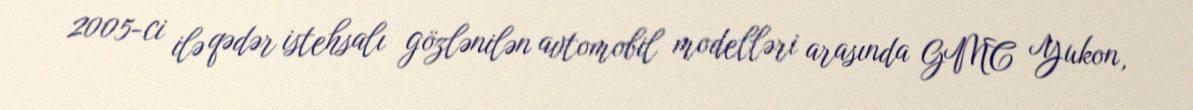
2005-ci ilə qədər istehsalı gözlənilən avtomobil modelləri arasında GMC Yukon,